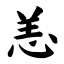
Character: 恙